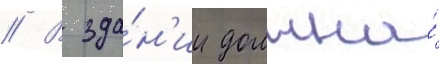
// В зда́н'ии должна́